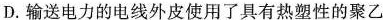
D.输送电力的电线外皮使用了具有热塑性的聚乙